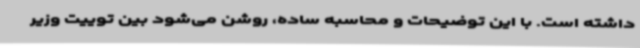
داشته است. با این توضیحات و محاسبه ساده، روشن می‌شود بین توییت وزیر